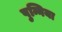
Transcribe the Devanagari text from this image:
पुन्निया